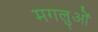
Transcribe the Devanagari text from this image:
मगलुओं